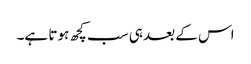
اس کے بعد ہی سب کچھ ہوتا ہے۔